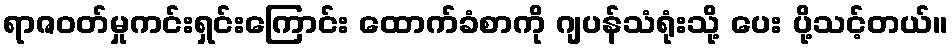
ရာဇဝတ်မှုကင်းရှင်းကြောင်း ထောက်ခံစာကို ဂျပန်သံရုံးသို့ ပေး ပို့သင့်တယ်။